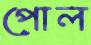
পোল